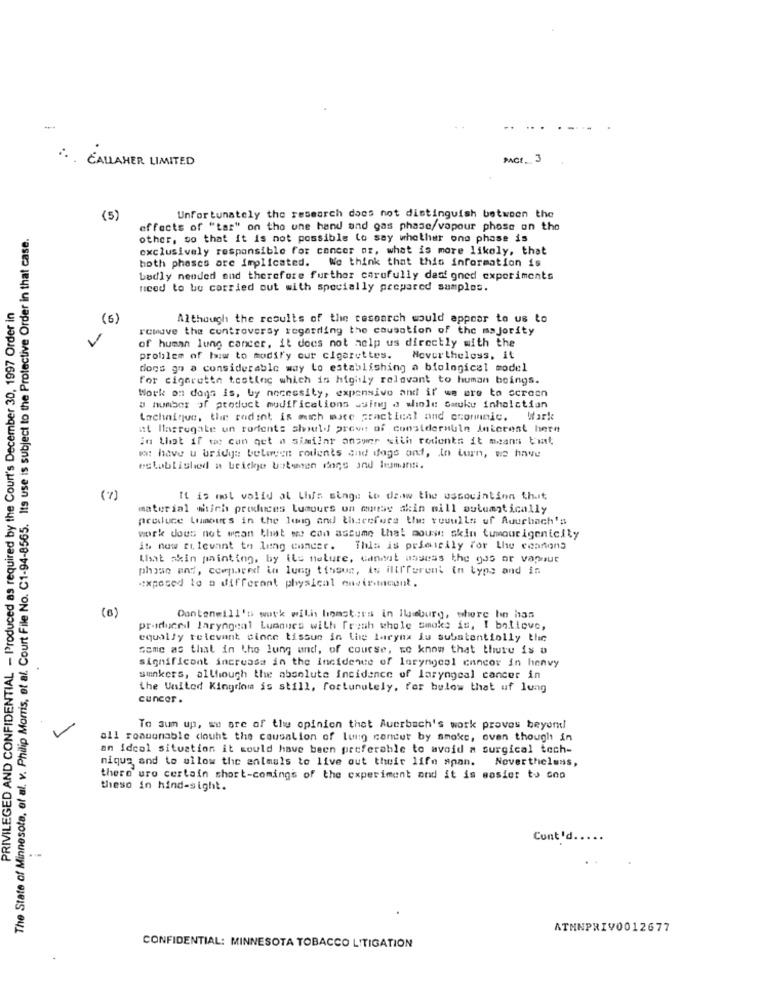
... CALLAHER LIMITED
PACE __ 3
(5)
Unfortunately the research does not distinguish between the
The State of Minnesota, of al. v. Philip Morris, et al. Court File No. C1-94-8565. Its use is subject to the Protective Order in that case.
effects of "tar" on the une hand and gas phase/vapour phose on the
other, so that it is not possible to say whether ons phase is
exclusively responsible for cancer or, what is more likely, that
both phases are implicated. We think that this information is
badly needed and therefore further carefully designed experiments
need to be carried out with specially prepared samples.
PRIVILEGED AND CONFIDENTIAL - Produced as required by the Court's December 30, 1997 Order in
(5)
Although the results of the research would appear to us to
remove the controversy regarding the causation of the majority
of human lung cancer, it does not help us directly with the
problem of how to modify our cigarettes. Nevertheless, it
dogs go a considerable way to establishing a biological model
for cigarette testlec which is highly relevant to human beings.
Work on dons is, by necessity, expensive and if we are to screen
a number of product modificalions ssing a whole Smuke inhalction
Lachnique, the radint is wich mite practical and ccommunic. Work
at Masregate un rodents should previs of considerable Jniceest here
in that if we can get a similar answer with rodonts it means that
w: have u bridge beleven rodents and dogs and, lo turn, we have
established a bridge botsten dogs and humans.
(7)
It is mol volid ol Chis singe to draw the ussovintinn that
material which produces lumours on muss akin will automatically
produce Lumour's in the lung and therefore the rouwlls uf Auurbach's
work does not mean that we can assume that mouse skin tumourigentelly
it now enlevant to lung cancer. This is primicily for the ceations
What skin painting, by ils nature, caneat assess the gas or vapour
phase and, compared in lung tissue, is illfferent in type and in
exposed to a different physical envir-meont.
(B)
Conteneill's work with linmotors in lleburg, where hin has
produced laryngeal Lumnues with fresh whole smoke is, I believe,
equally relevant sinne tissus in the larynx Ju substantially the
some as that in the lung and, of course, we know that there is a
significant increase in the Incidence of laryngeal cancor in henvy
sunkers, although the absolute incidence of laryngeal cancer in
the United Kingdom is still, fortunately, for below that uf lung
cuncor .
To sun up, we are of the opinion thet Auerbach's work proves beyork!
all roaugnable douht the cowsalion of lung condut by smoke, even though in
an idcol situation it would have been preferable to avoid a surgical tech-
nique and to allow the animals to live out their life span. Nevertheless,
there ure certain short-comings of the experiment and it is mosier to Goo
theso in hind-sight.
Cont'd.
ATMNPRIV0012677
CONFIDENTIAL: MINNESOTA TOBACCO LITIGATION